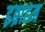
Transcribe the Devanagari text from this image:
इब्राहम